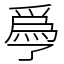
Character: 爳